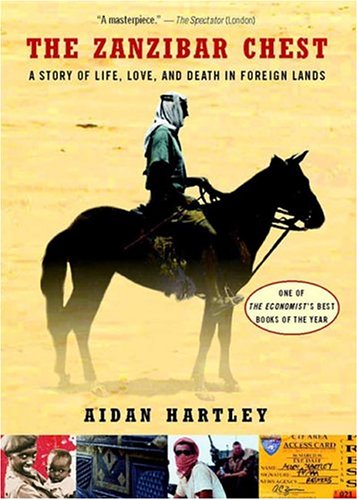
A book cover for The Zanzibar Chest; Aidan Hartley; Biographies & Memoirs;